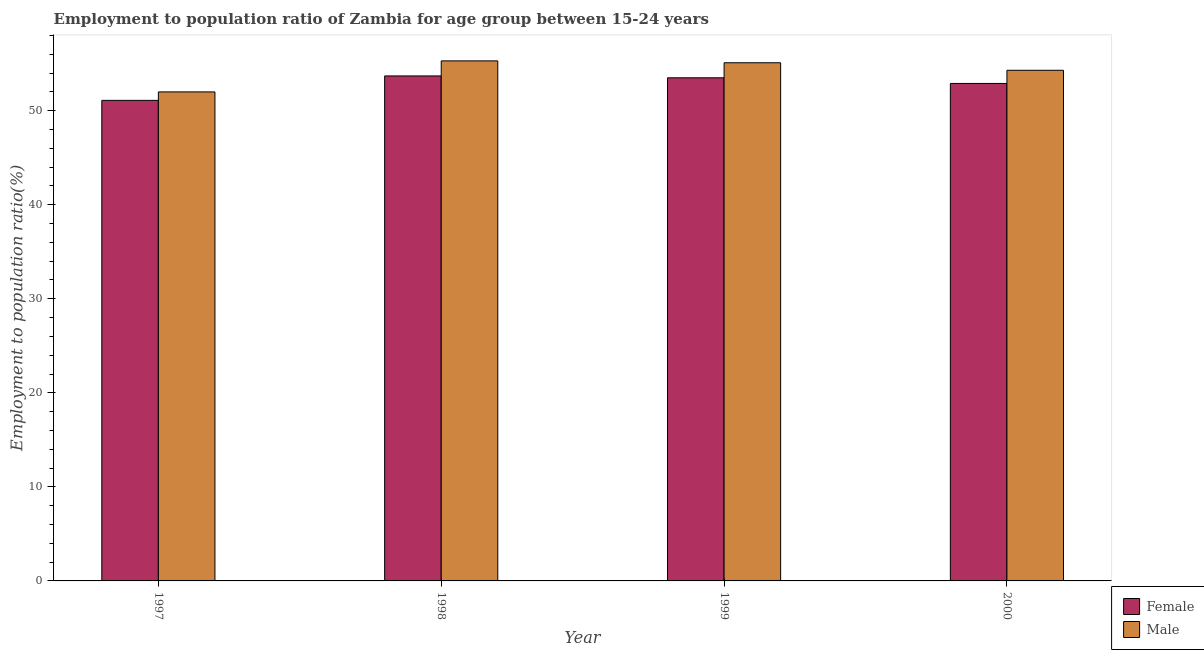
| Year | Female | Male |
 | --- | --- | --- |
 | 1997 | 51.1 | 52 |
 | 1998 | 53.7 | 55.3 |
 | 1999 | 53.5 | 55.1 |
 | 2000 | 52.9 | 54.3 |